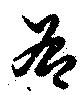
各